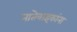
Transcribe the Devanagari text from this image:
नातेवाइकांना